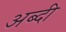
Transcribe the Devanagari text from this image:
अब्दी